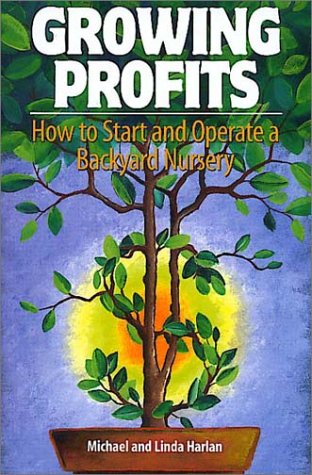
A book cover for Growing Profits: How to Start & Operate a Backyard Nursery; Michael Harlan; Business & Money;